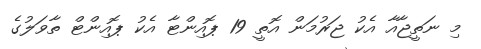
މި ނަތީޖާއާ އެކު ޖަރުމަން އޮތީ 19 ޕޮއިންޓާ އެކު ޕޮއިންޓް ތާވަލުގެ